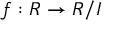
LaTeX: f : R \rightarrow R / I